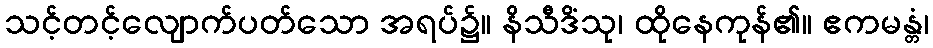
သင့်တင့်လျောက်ပတ်သော အရပ်၌။ နိသီဒိံသု၊ ထိုနေကုန်၏။ ဧကမန္တံ၊